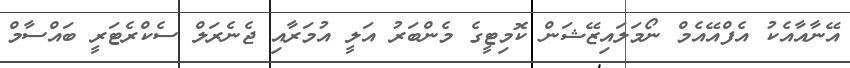
އޭނާއާއެކު އެފްއޭއެމް ނޯމަލައިޒޭޝަން ކޮމިޓީގެ މެންބަރު އަލީ އުމަރާއި ޖެނެރަލް ސެކްރެޓަރީ ބައްސާމް